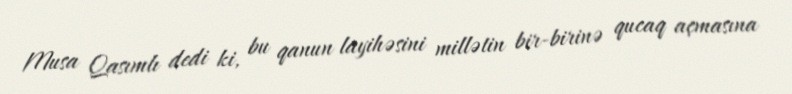
Musa Qasımlı dedi ki, bu qanun layihəsini millətin bir-birinə qucaq açmasına